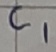
Text: C1